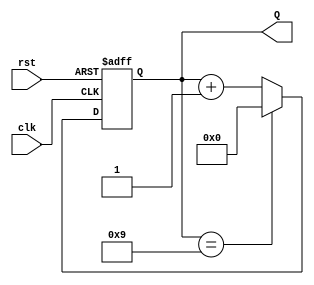
module bcd_counter (
    input wire clk,     // Clock input
    input wire rst,     // Asynchronous reset input
    output reg [3:0] Q  // 4-bit BCD output
);

    // Always block triggered on the rising edge of the clock or when reset is asserted
    always @(posedge clk or posedge rst) begin
        if (rst) begin
            Q <= 4'b0000; // Reset the counter to 0
        end else begin
            if (Q == 4'b1001) begin
                Q <= 4'b0000; // Reset to 0 if count reaches 10 (1010)
            end else begin
                Q <= Q + 1; // Increment the counter
            end
        end
    end

endmodule